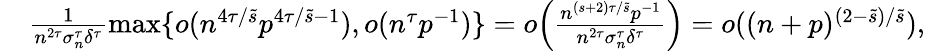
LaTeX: \begin{array}{rl}&{\frac{1}{n^{2\tau}\sigma_{n}^{\tau}\delta^{\tau}}\operatorname*{max}\{ o(n^{4\tau/\tilde{s}}p^{4\tau/\tilde{s}-1}),o(n^{\tau}p^{-1})\} =o\Big(\frac{n^{(s+2)\tau/\tilde{s}}p^{-1}}{n^{2\tau}\sigma_{n}^{\tau}\delta^{\tau}}\Big)=o((n+p)^{(2-\tilde{s})/\tilde{s}}),}\end{array}